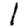
Digit: 1